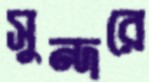
সুন্দরে